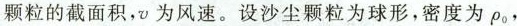
颗粒的截面积，v为风速。设沙尘颗粒为球形，密度为\rho_{0}，